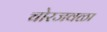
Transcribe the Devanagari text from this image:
चोरजवळा